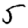
Digit: 5